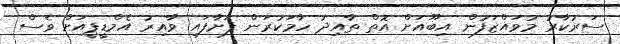
ސަރުކާރު މުވައްޒަފުން އިބޫއަށް އޮތް ތާއިދު ހާމަކުރަން ފަށާފައި ވާއިރު އެމްޑީޕީއަށް ވެސް